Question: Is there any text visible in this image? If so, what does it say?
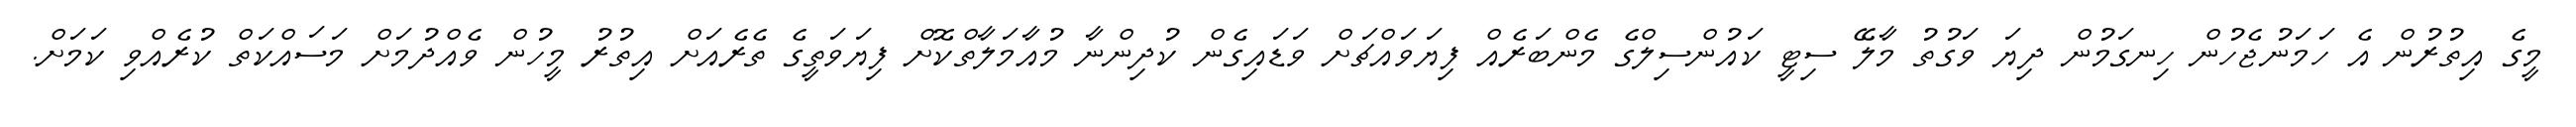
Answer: މީގެ އިތުރުން އެ ހަމަނުޖެހުން ހިނގަމުން ދިޔަ ވަގުތު މާލޭ ސިޓީ ކައުންސިލްގެ މެންބަރެއް ފިޔަވައްޗަށް ވަޑައިގެން ކުދިންނާ މުއާމަލާތްކޮށް ފިޔަވަތީގެ ތެރެއަށް އިތުރު މީހުން ވެއްދުމަށް މަސައްކަތް ކުރެއްވި ކަމަށް.